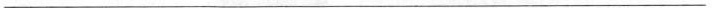
___